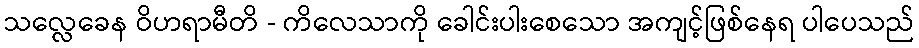
သလ္လေခေန ဝိဟရာမီတိ - ကိလေသာကို ခေါင်းပါးစေသော အကျင့်ဖြစ်နေရ ပါပေသည်